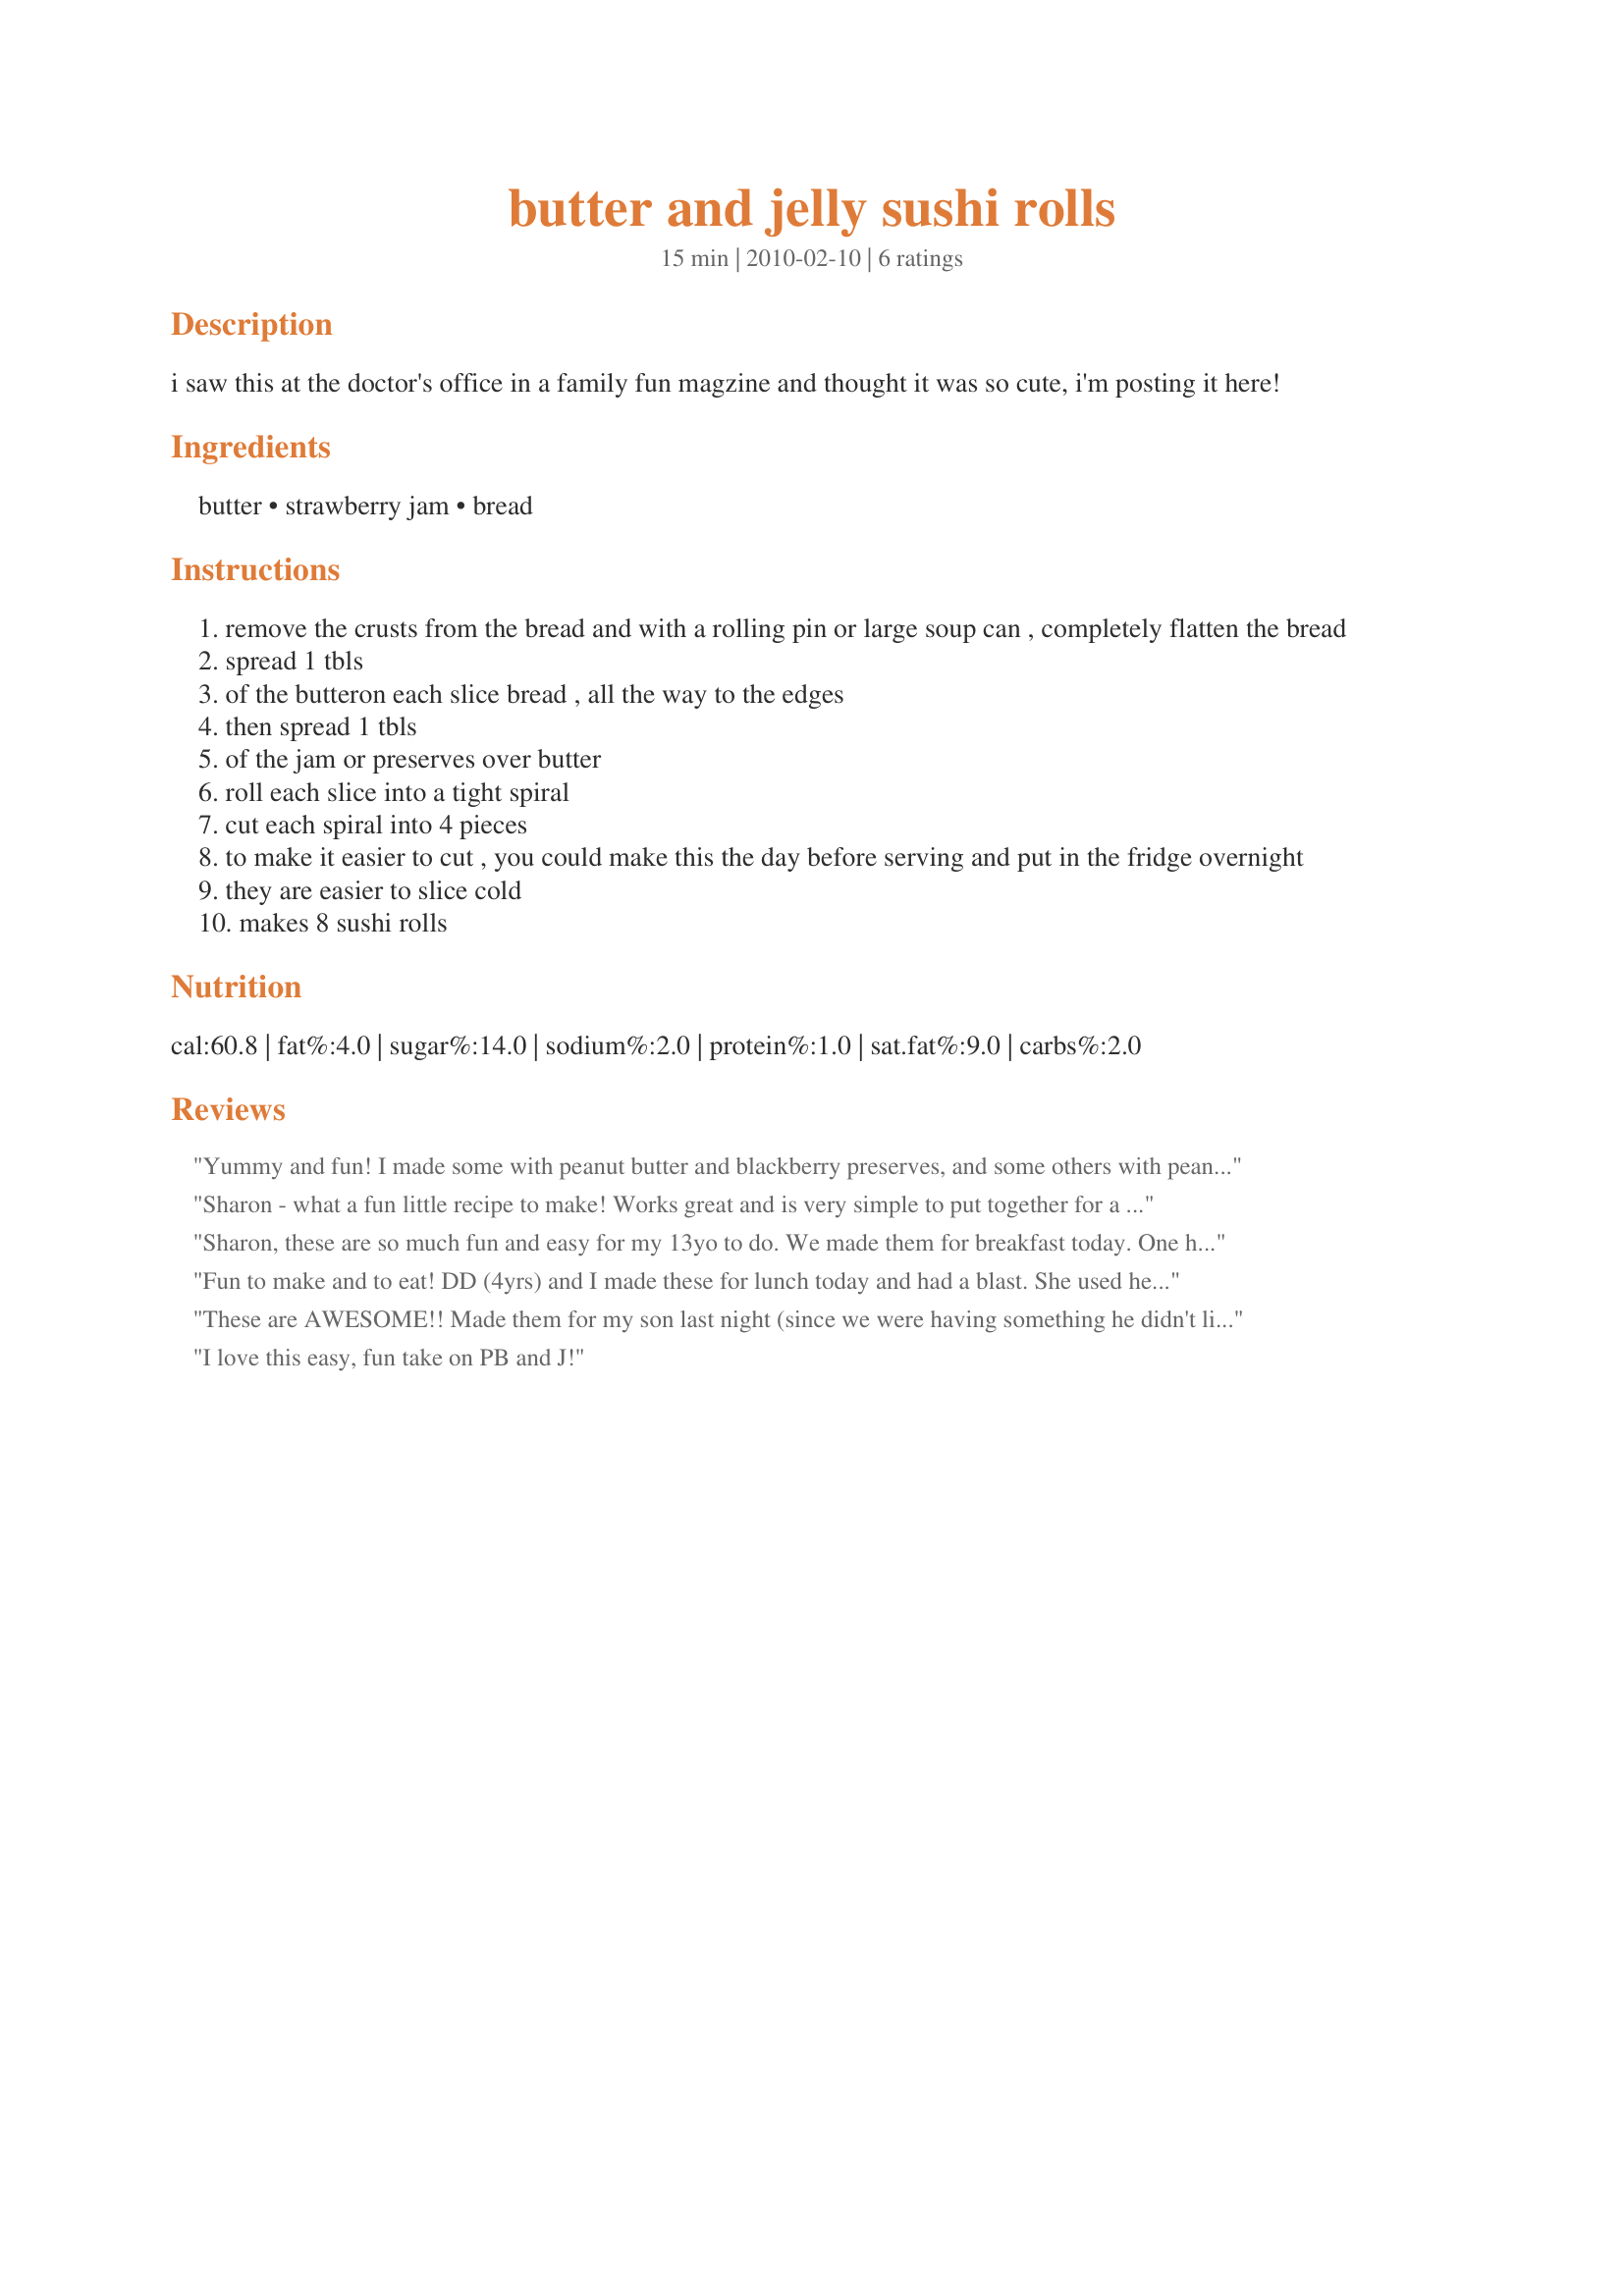
butter and jelly sushi rolls
Preparation time: 15 minutes

i saw this at the doctor's office in a family fun magzine and thought it was so cute, i'm posting it here!

Ingredients:
butter, strawberry jam, bread

Steps:
remove the crusts from the bread and with a rolling pin or large soup can , completely flatten the bread
spread 1 tbls
of the butteron each slice bread , all the way to the edges
then spread 1 tbls
of the jam or preserves over butter
roll each slice into a tight spiral
cut each spiral into 4 pieces
to make it easier to cut , you could make this the day before serving and put in the fridge overnight
they are easier to slice cold
makes 8 sushi rolls

Reviews:
Yummy and fun! I made some with peanut butter and blackberry preserves, and some others with peanut butter and strawberry jam. Both my grandson and I enjoyed these alot. Thanks Sharon for sharing this fun recipe. Made in memory of your beloved husband.
Sharon - what a fun little recipe to make! Works great and is very simple to put together for a quick snack or lunchtime treat. Used strawberry jam and creamy peanut butter. A fun twist to a standard sandwich. Made in memory of your DH.
Sharon, these are so much fun and easy for my 13yo to do. We made them for breakfast today. One had peanut butter and honey and sprinkles of cinnamon on top. Another had mashed bananas and peanut butter. The fillings are endless! Thanks for sharing.
Fun to make and to eat! DD (4yrs) and I made these for lunch today and had a blast. She used her kid-size silicone rolling pin and we used peanut butter and raspberry jam to fill the rolls with. Thanks for posting a new & exciting lunch recipe, Sharon! Made & enjoyed for Sharon's Cook-A-Thon, in memory of Jim.
These are AWESOME!! Made them for my son last night (since we were having something he didn't like) and he gobbled them up! This is definitely something that I will make a lot for him!
I love this easy, fun take on PB and J!
